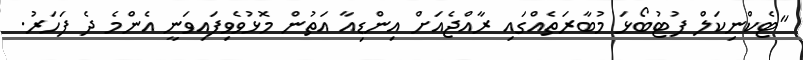
"ޓެކްނިކަލް ފުޓުބޯޅަ މުބާރަތެއްގައި ރާއްޖެއަށް އިންޑިއާ އަތުން މޮޅުވެވިފައިވަނީ އެންމެ ދެ ފަހަރު.